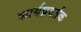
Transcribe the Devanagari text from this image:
कार्यप्रवर्तक